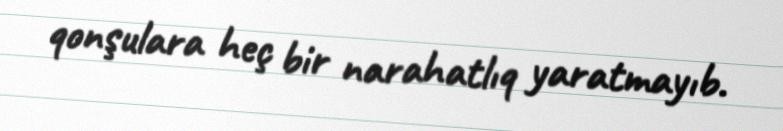
qonşulara heç bir narahatlıq yaratmayıb.